画像に写った文字を読んでください
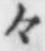
「々」と書いてあります